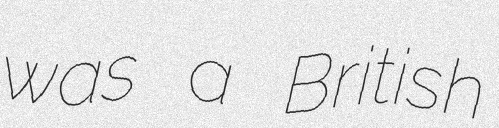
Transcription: was a British